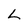
Character: L